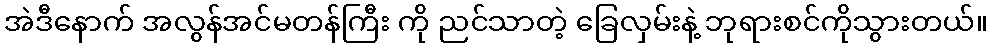
အဲဒီနောက် အလွန်အင်မတန်ကြီး ကို ညင်သာတဲ့ ခြေလှမ်းနဲ့ ဘုရားစင်ကိုသွားတယ်။